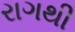
રાગથી